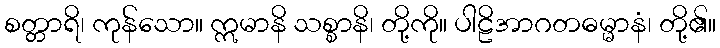
စတ္တာရိ၊ ကုန်သော။ ဣမာနိ သစ္စာနိ၊ တို့ကို။ ပါဠိအာဂတဓမ္မာနံ၊ တို့၏။